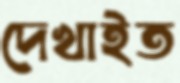
দেখাইত